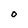
Character: O